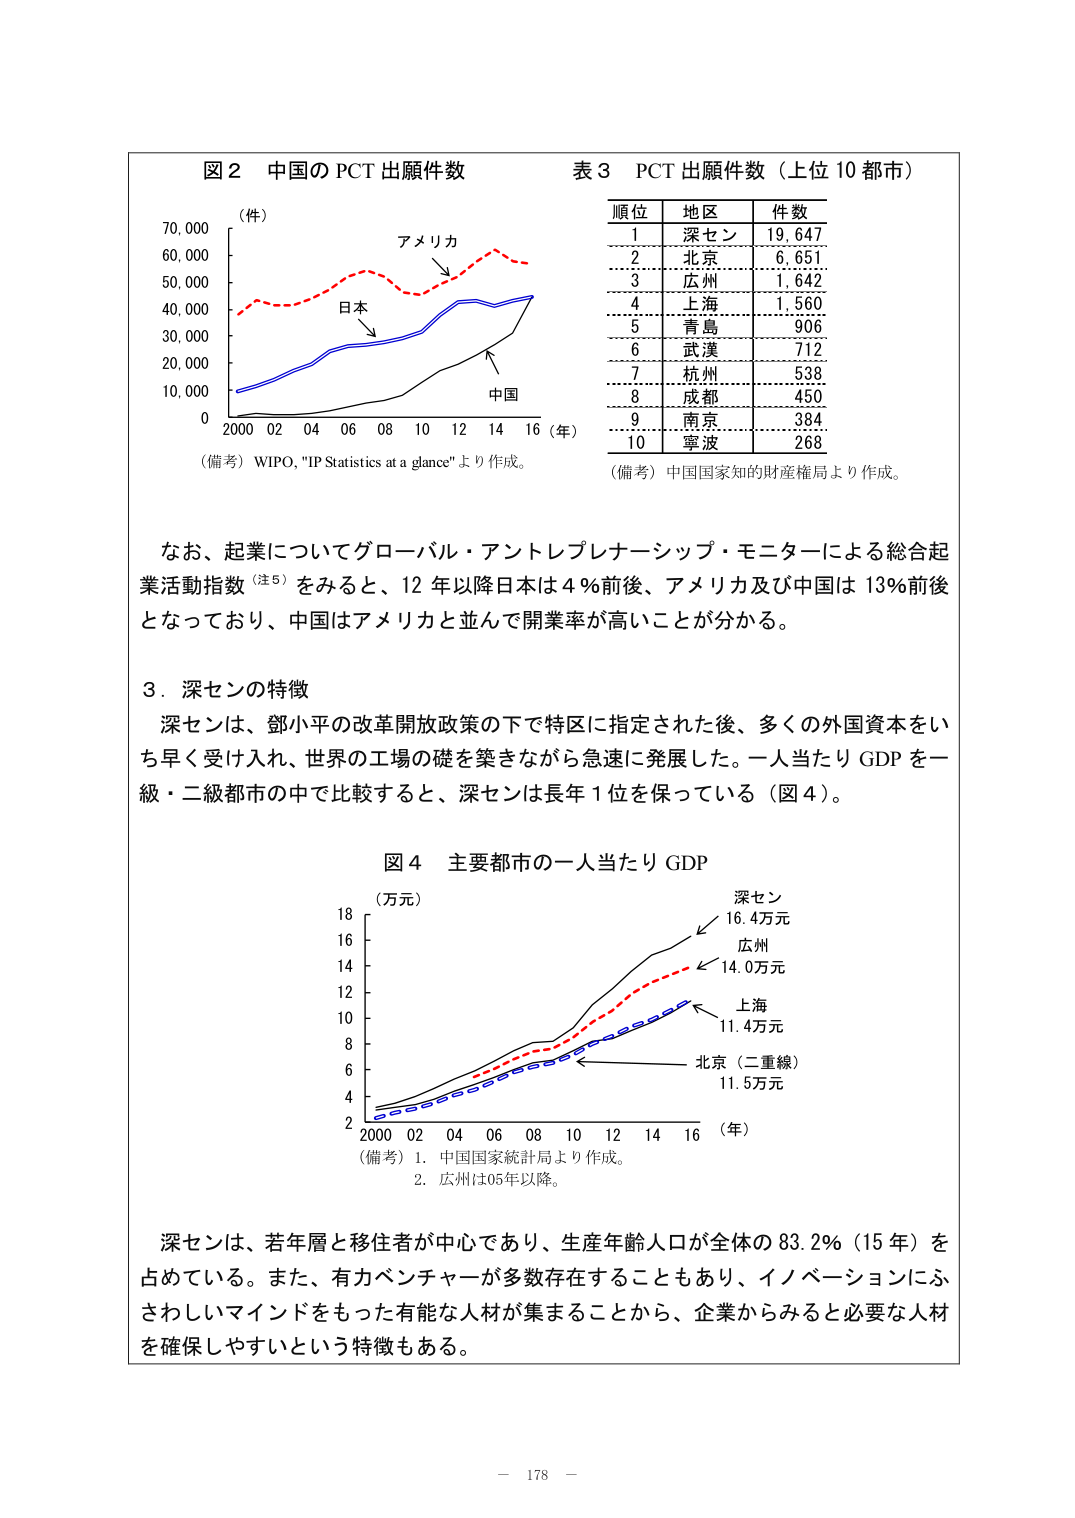
図２ 中国のPCT出願件数
（件）
70,000
60,000
50,000
40,000
30,000
20,000
10,000
0
2000 02 04 06 08 10 12 14 16（年）
アメリカ
日本
中国
（備考）WIPO, "IP Statistics at a glance"より作成。

表３ PCT出願件数（上位10都市）
順位 地区 件数
1 深セン 19,647
2 北京 6,651
3 広州 1,642
4 上海 1,560
5 青島 906
6 武漢 712
7 杭州 538
8 成都 450
9 南京 384
10 寧波 268
（備考）中国国家知的財産権局より作成。

なお、起業についてグローバル・アントレプレナーシップ・モニターによる総合起業活動指数（注5）をみると、12年以降日本は4％前後、アメリカ及び中国は13％前後となっており、中国はアメリカと並んで開業率が高いことが分かる。

３．深センの特徴
深センは、鄧小平の改革開放政策の下で特区に指定された後、多くの外国資本をいち早く受け入れ、世界の工場の礎を築きながら急速に発展した。一人当たりGDPを一級・二級都市の中で比較すると、深センは長年1位を保っている（図4）。

図4 主要都市の一人当たりGDP
（万元）
18
16
14
12
10
8
6
4
2
2000 02 04 06 08 10 12 14 16（年）
深セン 16.4万元
広州 14.0万元
上海 11.4万元
北京（二重線） 11.5万元
（備考）1．中国国家統計局より作成。
2．広州は05年以降。

深センは、若年層と移住者が中心であり、生産年齢人口が全体の83.2％（15年）を占めている。また、有力ベンチャーが多数存在することもあり、イノベーションにふさわしいマインドをもった有能な人材が集まることから、企業からみると必要な人材を確保しやすいという特徴もある。

－ 178 －